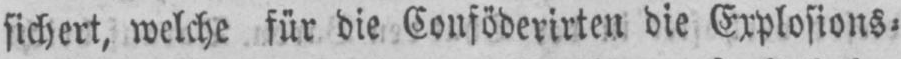
sichert, welche für die Conföderirten die Explosions⸗